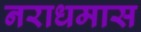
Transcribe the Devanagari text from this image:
नराधमास